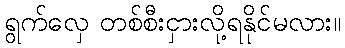
ရွက်လှေ တစ်စီးငှားလို့ရနိုင်မလား။